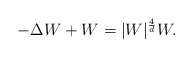
\begin{align*}-\Delta W+W=|W|^{\frac{4}{d}}W.\end{align*}